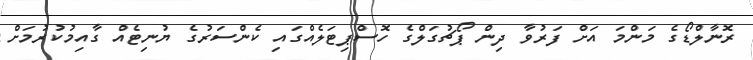
ރޮނާލްޑޯގެ މަންމަ އަށް ފަރުވާ ދިން ޕޯޗުގަލްގެ ހޮސްޕިޓަލެއްގައި ކެންސަރުގެ ޔުނިޓެއް ގާއިމުކުރުމަށް